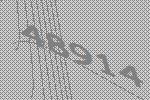
48914